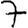
Digit: 7